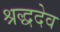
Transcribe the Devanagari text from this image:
श्रद्धदेव